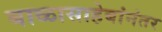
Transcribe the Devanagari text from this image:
बाळासाहेबांनंतर